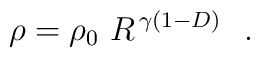
\rho = \rho_0~R^{\,\gamma(1-D)}~~.